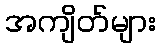
အကျိတ်များ